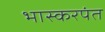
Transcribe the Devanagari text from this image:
भास्करपंत